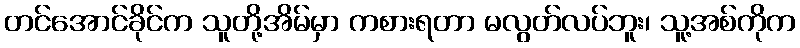
တင်အောင်ခိုင်က သူတို့အိမ်မှာ ကစားရတာ မလွတ်လပ်ဘူး၊ သူ့အစ်ကိုက